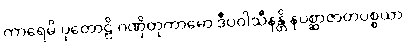
ကာရေမိ ပုတောဠိ ဂဏှိတုကာမော ဒီပဝါသီနန္တိ နပစ္ဆာဇာတပစ္စယာ